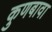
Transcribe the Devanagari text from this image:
कुणबावा